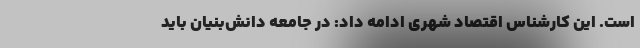
است. این کارشناس اقتصاد شهری ادامه داد: در جامعه دانش‌بنیان باید